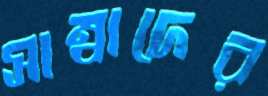
সাম্বাদের